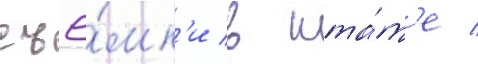
съё́мк'и в шта́т'е /